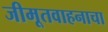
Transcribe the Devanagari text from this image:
जीमूतवाहनाचा